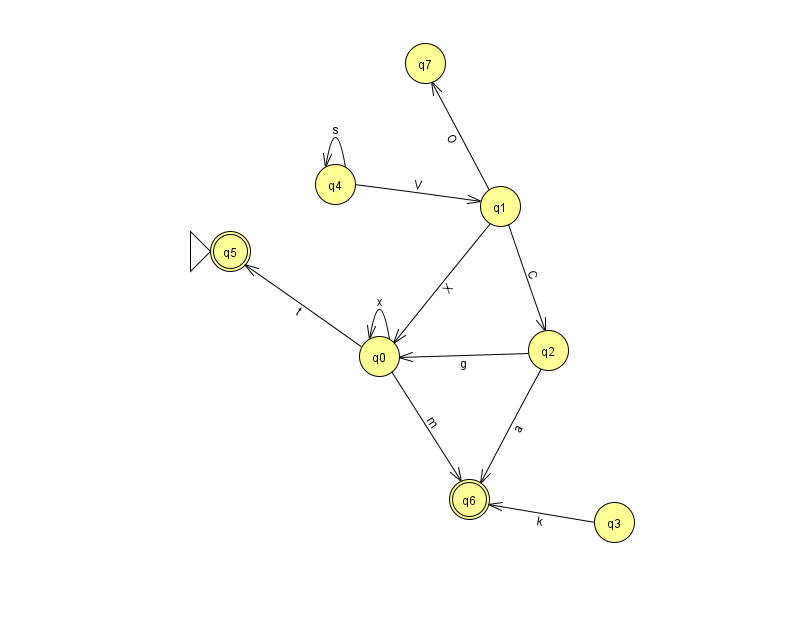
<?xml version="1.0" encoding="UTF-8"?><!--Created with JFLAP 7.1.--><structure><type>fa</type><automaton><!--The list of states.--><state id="0" name="q0"><x>379.0</x><y>343.0</y></state><state id="1" name="q1"><x>500.0</x><y>193.0</y></state><state id="2" name="q2"><x>548.0</x><y>337.0</y></state><state id="3" name="q3"><x>614.0</x><y>509.0</y></state><state id="4" name="q4"><x>335.0</x><y>171.0</y></state><state id="5" name="q5"><x>230.0</x><y>238.0</y><initial/><final/></state><state id="6" name="q6"><x>469.0</x><y>486.0</y><final/></state><state id="7" name="q7"><x>425.0</x><y>50.0</y></state><!--The list of transitions.--><transition><from>4</from><to>1</to><read>V</read></transition><transition><from>4</from><to>4</to><read>s</read></transition><transition><from>1</from><to>7</to><read>O</read></transition><transition><from>3</from><to>6</to><read>k</read></transition><transition><from>0</from><to>0</to><read>x</read></transition><transition><from>1</from><to>0</to><read>X</read></transition><transition><from>0</from><to>5</to><read>t</read></transition><transition><from>0</from><to>6</to><read>m</read></transition><transition><from>1</from><to>2</to><read>C</read></transition><transition><from>2</from><to>6</to><read>a</read></transition><transition><from>2</from><to>0</to><read>g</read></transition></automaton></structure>